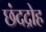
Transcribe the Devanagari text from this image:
छंदद्रोह